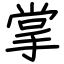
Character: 掌